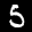
Label: 5